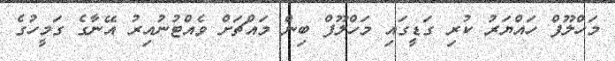
މަހްލޫފް ހައްޔަރު ކުރި ގަޑީގައި މަހްލޫފް ބިން މައްޗަށް ވެއްޓުނުއިރު އޭނާގެ ގަމީހުގެ